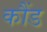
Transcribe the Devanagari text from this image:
कौंड